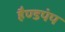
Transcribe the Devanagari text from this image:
हैण्डपंप